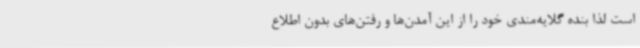
است لذا بنده گلایه‌مندی خود را از این آمدن‌ها و رفتن‌های بدون اطلاع